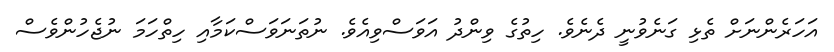
އަހަރެންނަށް ތެޅި ގަނެވުނީ ދެނެވެ. ހިތުގެ ވިންދު އަވަސްވިއެވެ. ނުތަނަވަސްކަމާއި ހިތްހަމަ ނުޖެހުންވެސް